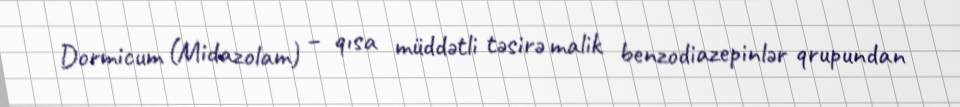
Dormicum (Midazolam) – qısa müddətli təsirə malik benzodiazepinlər qrupundan